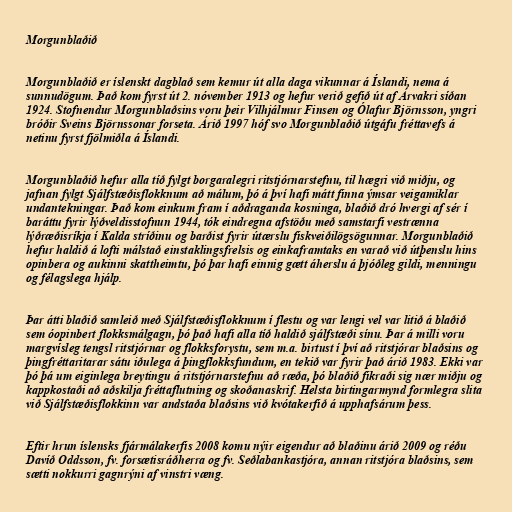
Morgunblaðið

Morgunblaðið er íslenskt dagblað sem kemur út alla daga vikunnar á Íslandi, nema á
sunnudögum. Það kom fyrst út 2. nóvember 1913 og hefur verið gefið út af Árvakri síðan
1924. Stofnendur Morgunblaðsins voru þeir Vilhjálmur Finsen og Ólafur Björnsson, yngri
bróðir Sveins Björnssonar forseta. Árið 1997 hóf svo Morgunblaðið útgáfu fréttavefs á
netinu fyrst fjölmiðla á Íslandi.

Morgunblaðið hefur alla tíð fylgt borgaralegri ritstjórnarstefnu, til hægri við miðju, og
jafnan fylgt Sjálfstæðisflokknum að málum, þó á því hafi mátt finna ýmsar veigamiklar
undantekningar. Það kom einkum fram í aðdraganda kosninga, blaðið dró hvergi af sér í
baráttu fyrir lýðveldisstofnun 1944, tók eindregna afstöðu með samstarfi vestrænna
lýðræðisríkja í Kalda stríðinu og barðist fyrir útærslu fiskveiðilögsögunnar. Morgunblaðið
hefur haldið á lofti málstað einstaklingsfrelsis og einkaframtaks en varað við útþenslu hins
opinbera og aukinni skattheimtu, þó þar hafi einnig gætt áherslu á þjóðleg gildi, menningu
og félagslega hjálp.

Þar átti blaðið samleið með Sjálfstæðisflokknum í flestu og var lengi vel var litið á blaðið
sem óopinbert flokksmálgagn, þó það hafi alla tíð haldið sjálfstæði sínu. Þar á milli voru
margvísleg tengsl ritstjórnar og flokksforystu, sem m.a. birtust í því að ritstjórar blaðsins og
þingfréttaritarar sátu iðulega á þingflokksfundum, en tekið var fyrir það árið 1983. Ekki var
þó þá um eiginlega breytingu á ritstjórnarstefnu að ræða, þó blaðið fikraði sig nær miðju og
kappkostaði að aðskilja fréttaflutning og skoðanaskrif. Helsta birtingarmynd formlegra slita
við Sjálfstæðisflokkinn var andstaða blaðsins við kvótakerfið á upphafsárum þess.

Eftir hrun íslensks fjármálakerfis 2008 komu nýir eigendur að blaðinu árið 2009 og réðu
Davíð Oddsson, fv. forsætisráðherra og fv. Seðlabankastjóra, annan ritstjóra blaðsins, sem
sætti nokkurri gagnrýni af vinstri væng.